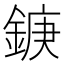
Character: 𮢘